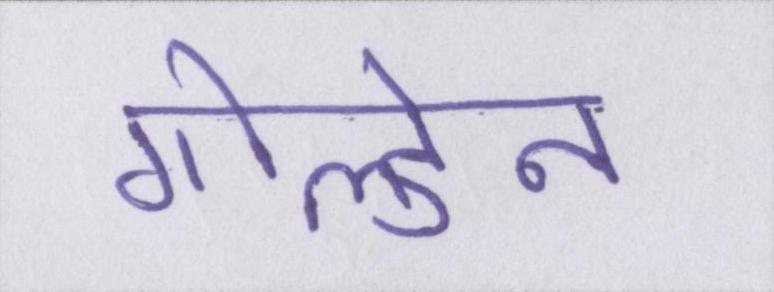
गोल्डेन